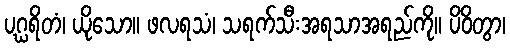
ပဂ္ဃရိတံ၊ ယိုသော။ ဖလရသံ၊ သရက်သီးအရသာအရည်ကို။ ပိဝိတွာ၊